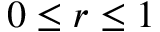
0 \leq r \leq 1